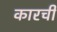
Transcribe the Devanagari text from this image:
कारची